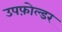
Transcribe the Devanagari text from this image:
उपफ़ोल्डर